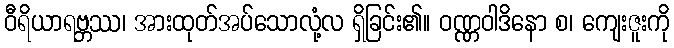
ဝီရိယာရဗ္ဘဿ၊ အားထုတ်အပ်သောလုံ့လ ရှိခြင်း၏။ ဝဏ္ဏဝါဒိနော စ၊ ကျေးဇူးကို